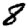
Digit: 8